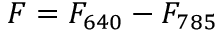
F = F _ { 6 4 0 } - F _ { 7 8 5 }